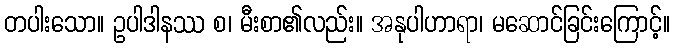
တပါးသော။ ဥပါဒါနဿ စ၊ မီးစာ၏လည်း။ အနုပါဟာရာ၊ မဆောင်ခြင်းကြောင့်။